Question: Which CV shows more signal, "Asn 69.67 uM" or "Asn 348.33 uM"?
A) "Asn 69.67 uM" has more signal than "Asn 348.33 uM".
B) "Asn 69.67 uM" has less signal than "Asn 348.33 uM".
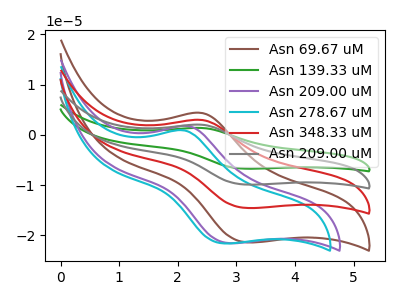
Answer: <think>The brown curve "Asn 69.67 uM" has an anodic peak at (2.40V, 4.35uA) and a cathodic peak at (3.20V, -21.40uA). The green curve "Asn 139.33 uM" has an anodic peak at (2.40V, 8.90uA) and a cathodic peak at (3.20V, -43.75uA). The purple curve "Asn 209.00 uM" has an anodic peak at (2.20V, 1.75uA) and a cathodic peak at (2.90V, -21.60uA). The cyan curve "Asn 278.67 uM" has an anodic peak at (2.10V, 0.90uA) and a cathodic peak at (2.80V, -21.65uA). The red curve "Asn 348.33 uM" has an anodic peak at (2.40V, 2.95uA) and a cathodic peak at (3.20V, -14.60uA). The gray curve "Asn 209.00 uM" has an anodic peak at (2.40V, 5.95uA) and a cathodic peak at (3.20V, -29.15uA).
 All the peaks in "Asn 69.67 uM" have a peak in "Asn 348.33 uM" at the same potential. Every peak in "Asn 69.67 uM" is higher than every peak in "Asn 348.33 uM".</think>
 <answer>A) "Asn 69.67 uM" has more signal than "Asn 348.33 uM".</answer>
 <eval>A</eval>